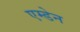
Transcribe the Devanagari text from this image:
एम्डेन